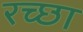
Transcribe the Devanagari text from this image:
रच्‍छा